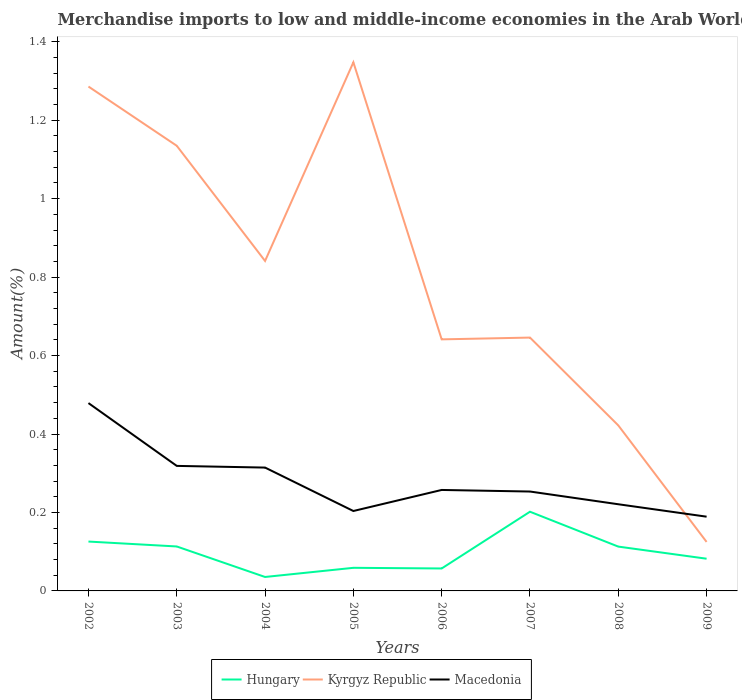
| Years | Hungary | Kyrgyz Republic | Macedonia |
 | --- | --- | --- | --- |
 | 2002 | 0.126 | 1.29 | 0.479 |
 | 2003 | 0.113 | 1.13 | 0.319 |
 | 2004 | 0.0356 | 0.841 | 0.314 |
 | 2005 | 0.0589 | 1.35 | 0.204 |
 | 2006 | 0.0573 | 0.641 | 0.257 |
 | 2007 | 0.202 | 0.646 | 0.253 |
 | 2008 | 0.113 | 0.422 | 0.221 |
 | 2009 | 0.0821 | 0.125 | 0.189 |